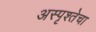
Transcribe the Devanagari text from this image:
अस्पृश्तेचा